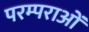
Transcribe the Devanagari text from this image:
परम्‍पराओं